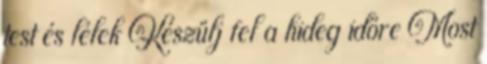
test és lélek Készülj fel a hideg időre Most